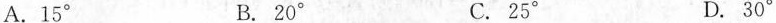
A.15^{\circ} B.20^{\circ} C.25^{\circ} D.30^{\circ}